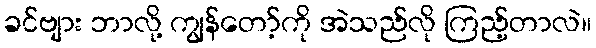
ခင်ဗျား ဘာလို့ ကျွန်တော့်ကို အဲသည်လို ကြည့်တာလဲ။